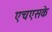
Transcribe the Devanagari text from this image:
एचएसके